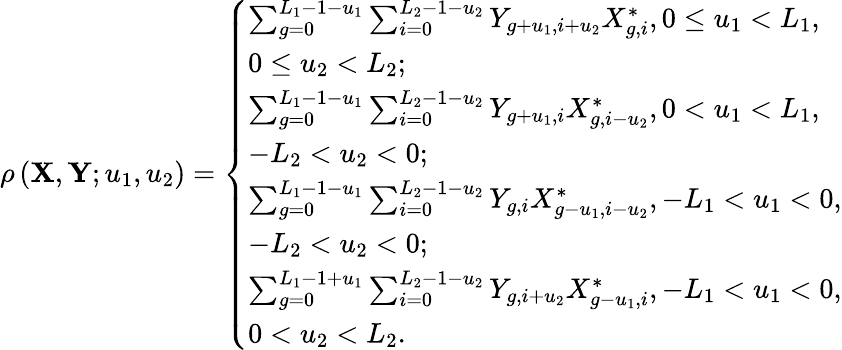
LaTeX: \begin{array}{r}{\rho\left({{\mathbf{X}},{\mathbf{Y}};{u_{1}},{u_{2}}}\right)=\left\{ \begin{array}{ll}{\sum_{g=0}^{{L_{1}}-1-{u_{1}}}{\sum_{i=0}^{{L_{2}}-1-{u_{2}}}{{Y_{g+{u_{1}},i+{u_{2}}}}{X_{g,i}^{*}}}},0\leq{u_{1}}<{L_{1}},}\\ {0\leq{u_{2}}<{L_{2}};}\\ {\sum_{g=0}^{{L_{1}}-1-{u_{1}}}{\sum_{i=0}^{{L_{2}}-1-{u_{2}}}{{Y_{g+{u_{1}},i}}{X_{g,i-{u_{2}}}^{*}}}},0<{u_{1}}<{L_{1}},}\\ {-{L_{2}}<{u_{2}}<0;}\\ {\sum_{g=0}^{{L_{1}}-1-{u_{1}}}{\sum_{i=0}^{{L_{2}}-1-{u_{2}}}{{Y_{g,i}}{X_{g-u_{1},i-{u_{2}}}^{*}}}},-{L_{1}}<{u_{1}}<0,}\\ {-{L_{2}}<{u_{2}}<0;}\\ {\sum_{g=0}^{{L_{1}}-1+{u_{1}}}{\sum_{i=0}^{{L_{2}}-1-{u_{2}}}{{Y_{g,i+{u_{2}}}}{X_{g-{u_{1}},i}^{*}}}},-{L_{1}}<{u_{1}}<0,}\\ {0<{u_{2}}<{L_{2}}.}\end{array}\right.}\end{array}